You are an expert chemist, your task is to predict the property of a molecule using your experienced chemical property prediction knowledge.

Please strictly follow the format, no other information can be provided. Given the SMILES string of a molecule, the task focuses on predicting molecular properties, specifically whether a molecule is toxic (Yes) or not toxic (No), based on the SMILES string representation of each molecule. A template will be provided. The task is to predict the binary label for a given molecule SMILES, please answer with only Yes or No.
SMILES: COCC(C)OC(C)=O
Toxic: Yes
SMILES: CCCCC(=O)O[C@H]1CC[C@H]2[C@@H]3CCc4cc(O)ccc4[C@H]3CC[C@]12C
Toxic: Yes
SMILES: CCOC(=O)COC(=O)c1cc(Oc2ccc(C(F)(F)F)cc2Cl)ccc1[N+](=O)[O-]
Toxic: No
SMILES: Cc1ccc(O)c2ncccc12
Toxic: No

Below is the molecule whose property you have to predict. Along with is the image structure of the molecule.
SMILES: O=C(NC(=O)c1cc(F)c(F)cc1Cl)Nc1cc(F)ccc1N1CCC(C(=O)O)CC1
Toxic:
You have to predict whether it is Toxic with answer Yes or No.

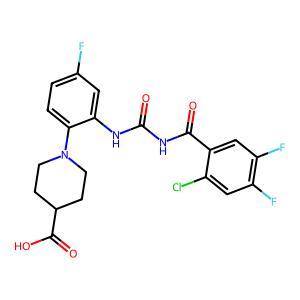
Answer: No